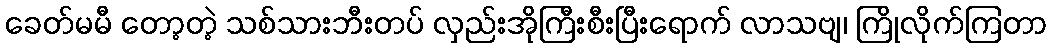
ခေတ်မမီ တော့တဲ့ သစ်သားဘီးတပ် လှည်းအိုကြီးစီးပြီးရောက် လာသဗျ၊ ကြိုလိုက်ကြတာ